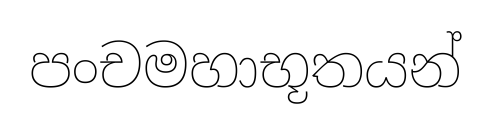
පංචමහාභූතයන්